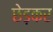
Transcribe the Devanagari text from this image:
छेड़कर